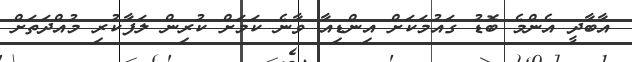
އާބާދީ އެންމެ ބޮޑު ގައުމަކަށް އިންޑިއާ ވާނެ ކަމަށް ކުރިން ލަފާކުރި މުއްދަތަށް